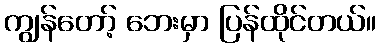
ကျွန်တော့် ဘေးမှာ ပြန်ထိုင်တယ်။